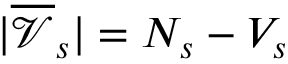
| \overline { { \mathcal { V } } } _ { s } | = N _ { s } - V _ { s }